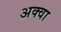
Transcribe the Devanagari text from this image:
अक्वा